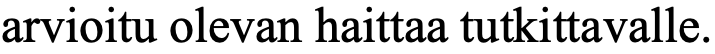
arvioitu olevan haittaa tutkittavalle.